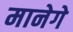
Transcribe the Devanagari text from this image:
मानेगे